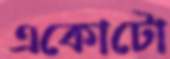
একোটো